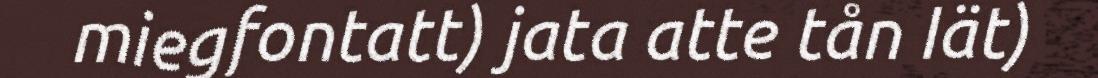
miegfontatt) jata atte tån Iät)